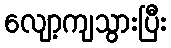
လျော့ကျသွားပြီး